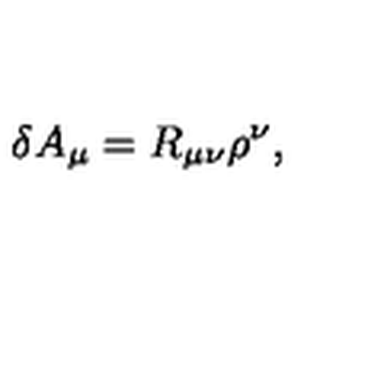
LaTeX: \delta A _ { \mu } = R _ { \mu \nu } \rho ^ { \nu } ,